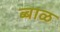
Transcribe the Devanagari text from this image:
ब्बाळ